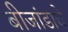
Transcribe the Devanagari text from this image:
बीजांडाचे